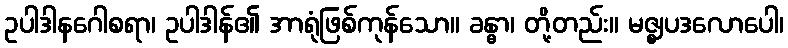
ဥပါဒါနဂေါစရာ၊ ဥပါဒါန်၏ အာရုံဖြစ်ကုန်သော။ ခန္ဓာ၊ တို့တည်း။ မဇ္ဈပဒလောပေါ၊